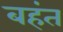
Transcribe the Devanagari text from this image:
बहंत